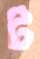
ট